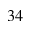
3 4